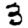
Digit: 3